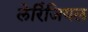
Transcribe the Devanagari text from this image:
लेरिंजियल